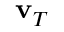
{ \bf v } _ { T }